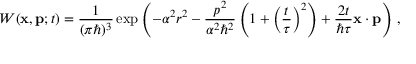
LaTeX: W ( \mathbf { x } , \mathbf { p } ; t ) = { \frac { 1 } { ( \pi \hbar ) ^ { 3 } } } \exp { \left( - \alpha ^ { 2 } r ^ { 2 } - { \frac { p ^ { 2 } } { \alpha ^ { 2 } \hbar ^ { 2 } } } \left( 1 + \left( { \frac { t } { \tau } } \right) ^ { 2 } \right) + { \frac { 2 t } { \hbar \tau } } \mathbf { x } \cdot \mathbf { p } \right) } ~ ,